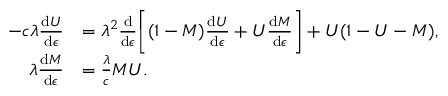
\begin{array} { r l } { - c \lambda \frac { \mathrm { d } U } { \mathrm { d } \epsilon } } & { = \lambda ^ { 2 } \frac { \mathrm { d } } { \mathrm { d } \epsilon } \bigg [ ( 1 - M ) \frac { \mathrm { d } U } { \mathrm { d } \epsilon } + U \frac { \mathrm { d } M } { \mathrm { d } \epsilon } \bigg ] + U ( 1 - U - M ) , } \\ { \lambda \frac { \mathrm { d } M } { \mathrm { d } \epsilon } } & { = \frac { \lambda } { c } M U . } \end{array}